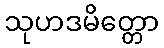
သုဟဒမိတ္တော